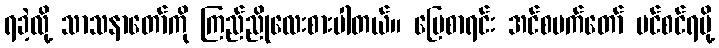
ရခဲ့လို့ သာသနာတော်ကို ကြည်ညိုလေးစားပါတယ်။ မြေစာရင်း အင်စပက်တော် ပင်စင်ရမို့